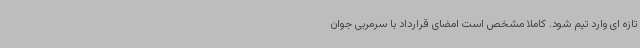
تازه ای وارد تیم شود. کاملا مشخص است امضای قرارداد با سرمربی جوان